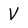
Character: V